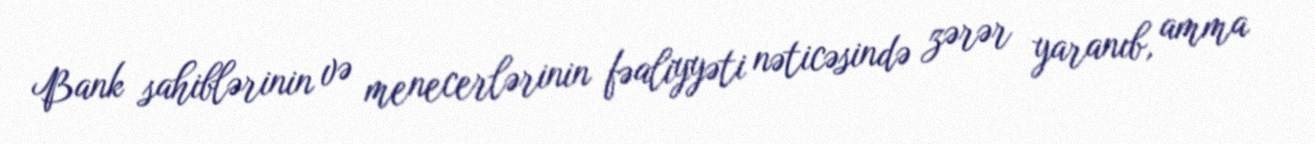
Bank sahiblərinin və menecerlərinin fəaliyyəti nəticəsində zərər yaranıb, amma